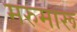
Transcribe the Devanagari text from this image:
मरुमारू